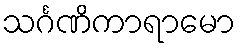
သင်္ဂဏိကာရာမော